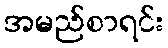
အမည်စာရင်း